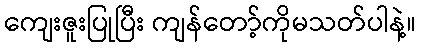
ကျေးဇူးပြုပြီး ကျန်တော့်ကိုမသတ်ပါနဲ့။